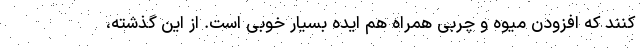
کنند که افزودن میوه و چربی همراه هم ایده بسیار خوبی است. از این گذشته،